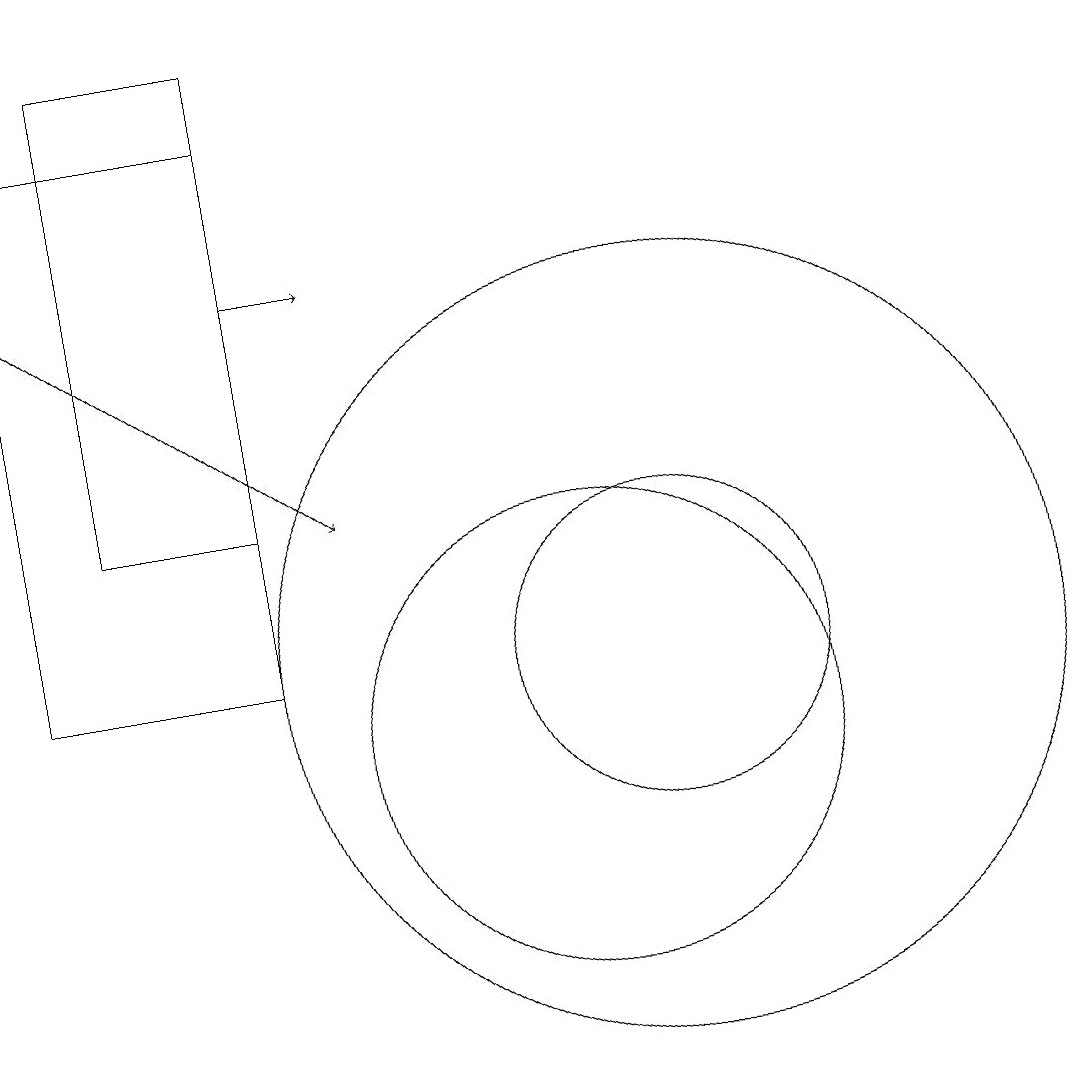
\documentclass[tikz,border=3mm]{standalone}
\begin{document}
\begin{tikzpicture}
\draw (6,11) rectangle (3,18);
\draw[->] (6,16) -- (7,16);
\draw (4,19) rectangle (6,13);
\draw (11,11) circle (5);
\draw (10,10) circle (3);
\draw[->] (3,16) -- (7,13);
\draw (11,11) circle (2);
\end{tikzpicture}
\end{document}